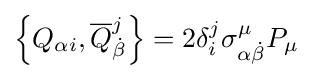
\left\{Q_{\alpha i},{\overline {Q}}_{\dot {\beta }}^{j}\right\}=2\delta _{i}^{j}\sigma _{\alpha {\dot {\beta }}}^{\mu }P_{\mu }